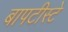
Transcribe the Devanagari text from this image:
बापटीस्टे